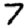
Digit: 7